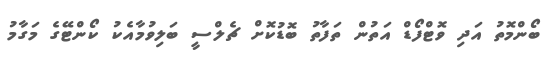
ބޯންމޮތު އަދި ވޮޓްފޯޑް އަތުން ތަފާތު ބޮޑުކޮށް ޗެލްސީ ބަލިވުމާއެކު ކޯންޓޭގެ މަގާމު